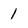
Character: 1